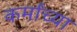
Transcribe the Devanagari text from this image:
कर्मांच्या